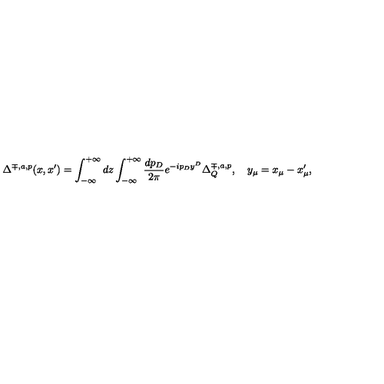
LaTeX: \Delta ^ { \mp , a , p } ( x , x ^ { \prime } ) = \int _ { - \infty } ^ { + \infty } d z \int _ { - \infty } ^ { + \infty } \frac { d p _ { D } } { 2 \pi } e ^ { - i p _ { D } y ^ { D } } \Delta _ { Q } ^ { \mp , a , p } , \quad y _ { \mu } = x _ { \mu } - x _ { \mu } ^ { \prime } ,